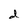
Character: d